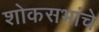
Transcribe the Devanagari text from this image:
शोकसभांचे